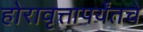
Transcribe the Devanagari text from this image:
होरावृत्तापर्यंतचे